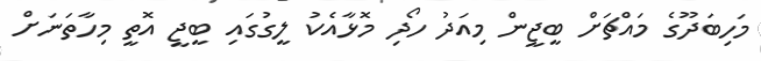
މަހިބަދޫގެ މައްޗަށް ބީޖީން މިއަދު ހޯދި މޮޅާއެކު ލީގުގައި ބީޖީ އޮތީ މިހާތަނަށް